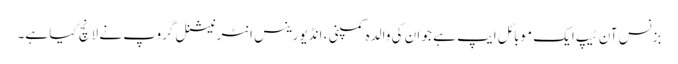
بزنس آن ٹیپ ایک موبائل ایپ ہے جو ان کی والدہ کمپنی ، انڈیورینس انٹرنیشنل گروپ نے لانچ کیا ہے۔